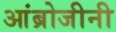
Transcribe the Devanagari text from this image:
आंब्रोजीनी